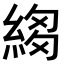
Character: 𦁯